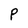
Character: P